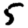
Digit: 5